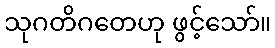
သုဂတိဂတေဟု ဖွင့်သော်။